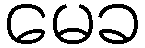
မေခ